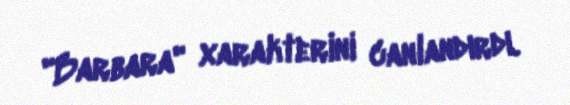
"Barbara" xarakterini canlandırdı.